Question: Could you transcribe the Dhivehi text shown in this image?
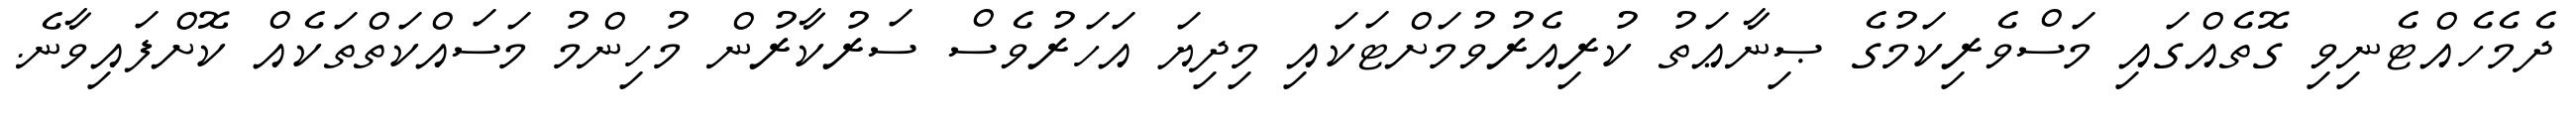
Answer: ދެމެހެއްޓެނިވި ގޮތެއްގައި މަސްވެރިކަމުގެ ޞިނާޢަތު ކުރިއެރުވުމަށްޓަކައި މިދިޔަ އަހަރުވެސް ސަރުކާރުން މުހިންމު މަސައްކަތްތަކެއް ކޮށްފައިވާނެ.